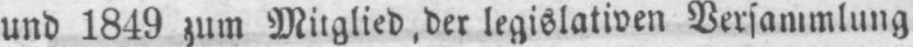
und 1849 zum Mitglied, der legislativen Versammlung